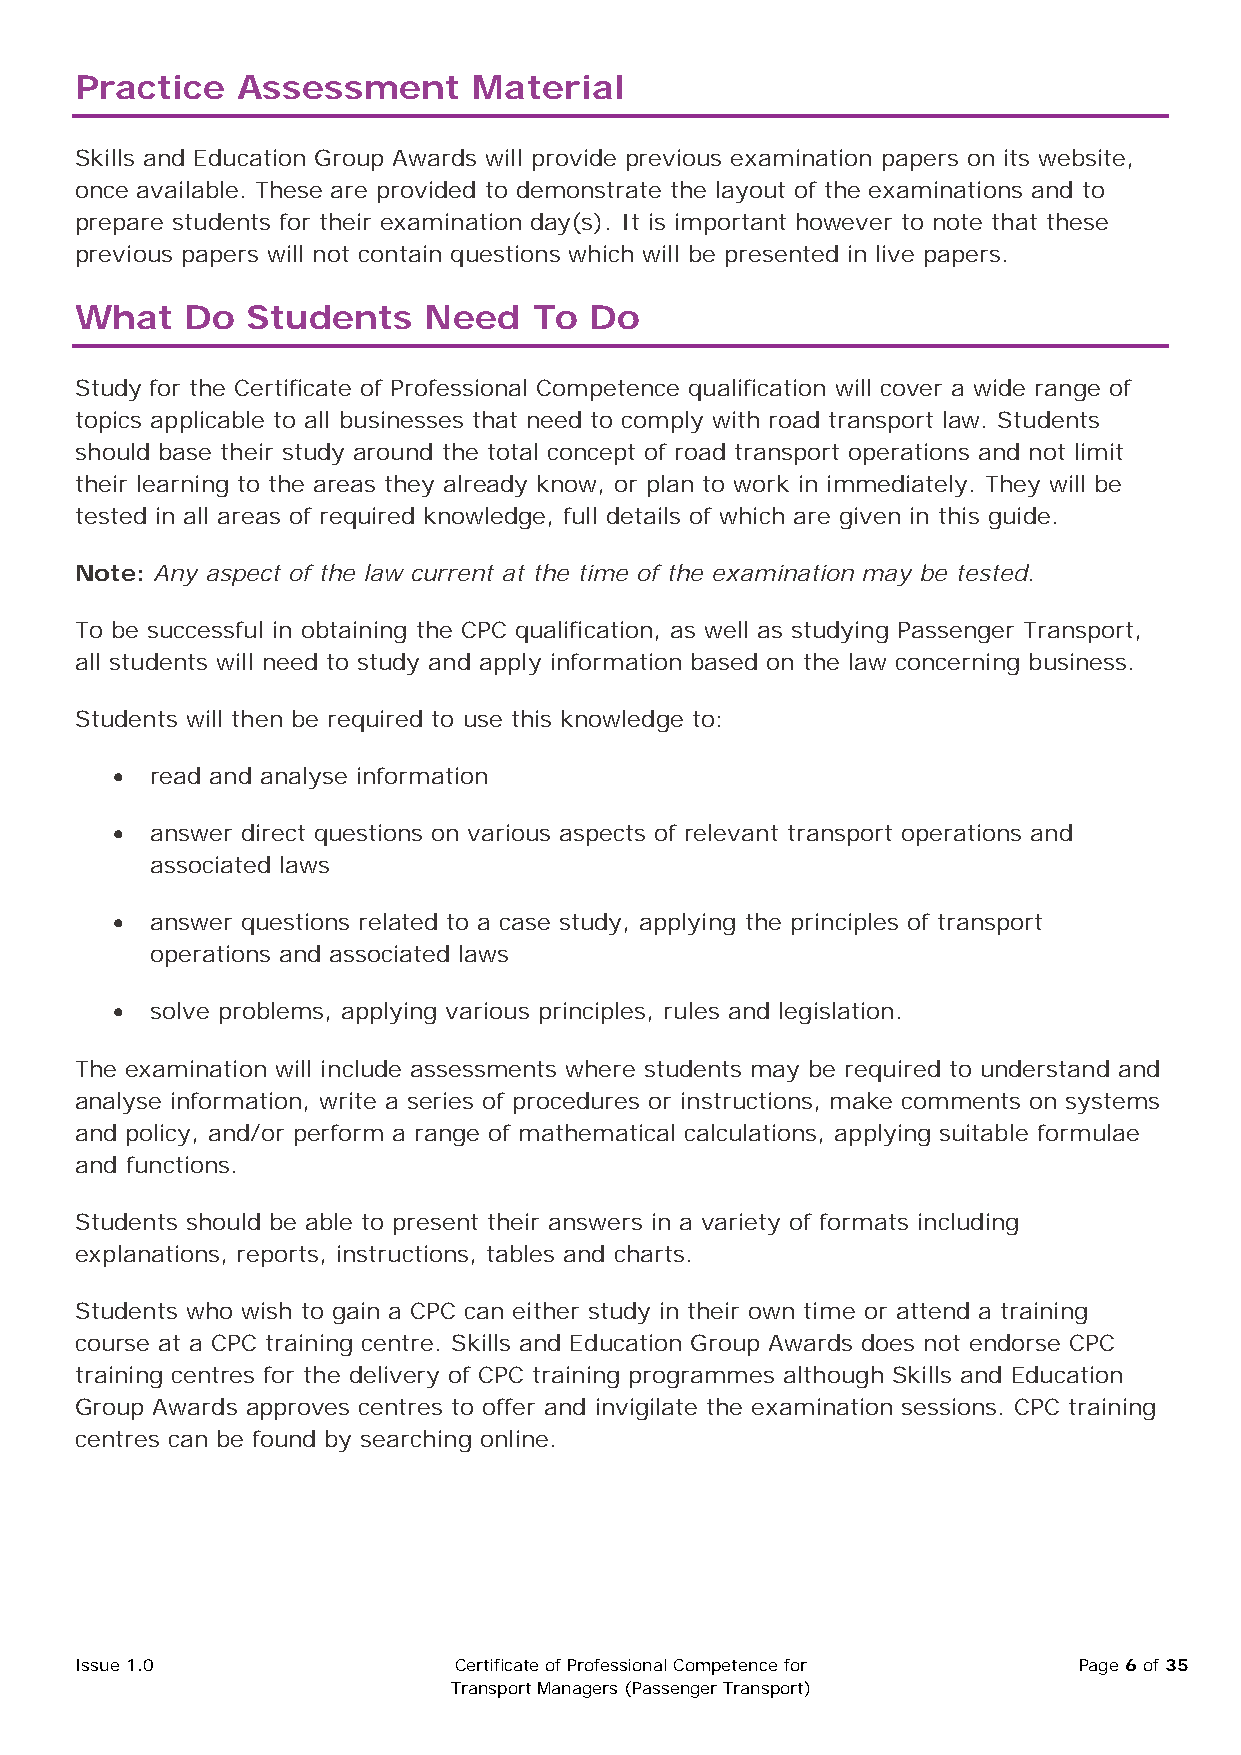
Practice   Assessment     Material
 Skills and Education Group Awards will provide previous examination papers on its website,
 once available. These are provided to demonstrate the layout of the examinations and to
 prepare students for their examination day(s). It is important however to note that these
 previous papers will not contain questions which will be presented in live papers.
 What   Do  Students    Need   To  Do
 Study for the Certificate of Professional Competence qualification will cover a wide range of
 topics applicable to all businesses that need to comply with road transport law. Students
 should base their study around the total concept of road transport operations and not limit
 their learning to the areas they already know, or plan to work in immediately. They will be
 tested in all areas of required knowledge, full details of which are given in this guide.
 Note: Any aspect of the law current at the time of the examination may be tested.
 To be successful in obtaining the CPC qualification, as well as studying Passenger Transport,
 all students will need to study and apply information based on the law concerning business.
 Students will then be required to use this knowledge to:
 •  read and analyse information
 •  answer direct questions on various aspects of relevant transport operations and
 associated laws
 •  answer questions related to a case study, applying the principles of transport
 operations and associated laws
 •  solve problems, applying various principles, rules and legislation.
 The examination will include assessments where students may be required to understand and
 analyse information, write a series of procedures or instructions, make comments on systems
 and policy, and/or perform a range of mathematical calculations, applying suitable formulae
 and functions.
 Students should be able to present their answers in a variety of formats including
 explanations, reports, instructions, tables and charts.
 Students who wish to gain a CPC can either study in their own time or attend a training
 course at a CPC training centre. Skills and Education Group Awards does not endorse CPC
 training centres for the delivery of CPC training programmes although Skills and Education
 Group Awards approves centres to offer and invigilate the examination sessions. CPC training
 centres can be found by searching online.
 Issue 1.0                Certificate of Professional Competence for Page 6 of 35
 Transport Managers (Passenger Transport)